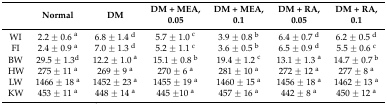
<table><thead><tr><td></td><td><b>Normal</b></td><td><b>DM</b></td><td><b>DM + MEA, 0.05</b></td><td><b>DM + MEA, 0.1</b></td><td><b>DM + RA, 0.05</b></td><td><b>DM + RA, 0.1</b></td></tr></thead><tbody><tr><td>WI</td><td>2.2 ± 0.6 <sup>a</sup></td><td>6.8 ± 1.4 <sup>d</sup></td><td>5.7 ± 1.0 <sup>c</sup></td><td>3.9 ± 0.8 <sup>b</sup></td><td>6.4 ± 0.7 <sup>d</sup></td><td>6.2 ± 0.5 <sup>d</sup></td></tr><tr><td>FI</td><td>2.4 ± 0.9 <sup>a</sup></td><td>7.0 ± 1.3 <sup>d</sup></td><td>5.2 ± 1.1 <sup>c</sup></td><td>3.6 ± 0.5 <sup>b</sup></td><td>6.5 ± 0.9 <sup>d</sup></td><td>5.5 ± 0.6 <sup>c</sup></td></tr><tr><td>BW</td><td>29.5 ± 1.3<sup>d</sup></td><td>12.2 ± 1.0 <sup>a</sup></td><td>15.1 ± 0.8 <sup>b</sup></td><td>19.4 ± 1.2 <sup>c</sup></td><td>13.1 ± 1.3 <sup>a</sup></td><td>14.7 ± 0.7 <sup>b</sup></td></tr><tr><td>HW</td><td>275 ± 11 <sup>a</sup></td><td>269 ± 9 <sup>a</sup></td><td>270 ± 6 <sup>a</sup></td><td>281 ± 10 <sup>a</sup></td><td>272 ± 12 <sup>a</sup></td><td>277 ± 8 <sup>a</sup></td></tr><tr><td>LW</td><td>1466 ± 18 <sup>a</sup></td><td>1452 ± 23 <sup>a</sup></td><td>1455 ± 19 <sup>a</sup></td><td>1460 ± 15 <sup>a</sup></td><td>1456 ± 18 <sup>a</sup></td><td>1462 ± 13 <sup>a</sup></td></tr><tr><td>KW</td><td>453 ± 11 <sup>a</sup></td><td>448 ± 14 <sup>a</sup></td><td>445 ±10 <sup>a</sup></td><td>457 ± 16 <sup>a</sup></td><td>442 ± 8 <sup>a</sup></td><td>450 ± 12 <sup>a</sup></td></tr></tbody></table>